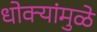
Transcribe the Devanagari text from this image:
धोक्यांमुळे